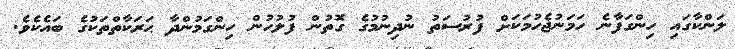
ލަންކާގައި ހިންގަފާނެ ހަމަނުޖެހުމަކަށް ފުރުސަތު ނުދިނުމުގެ ގޮތުން ފުލުހުން ހިންގަމުންދާ ޙަރަކާތްތަކުގެ ބައެކެވެ.